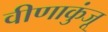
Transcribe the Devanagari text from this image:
वीणाकुंजू